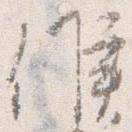
候